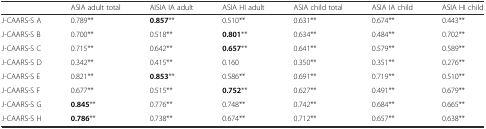
<table><thead><tr><td></td><td><b>ASIA adult total</b></td><td><b>AISIA IA adult</b></td><td><b>ASIA HI adult</b></td><td><b>ASIA child total</b></td><td><b>ASIA IA child</b></td><td><b>ASIA HI child</b></td></tr></thead><tbody><tr><td>J-CAARS-S A</td><td>0.789**</td><td><b>0.857</b>**</td><td>0.510**</td><td>0.631**</td><td>0.674**</td><td>0.443**</td></tr><tr><td>J-CAARS-S B</td><td>0.700**</td><td>0.518**</td><td><b>0.801</b>**</td><td>0.634**</td><td>0.484**</td><td>0.702**</td></tr><tr><td>J-CAARS-S C</td><td>0.715**</td><td>0.642**</td><td><b>0.657</b>**</td><td>0.641**</td><td>0.579**</td><td>0.589**</td></tr><tr><td>J-CAARS-S D</td><td>0.342**</td><td>0.415**</td><td>0.160</td><td>0.350**</td><td>0.351**</td><td>0.276**</td></tr><tr><td>J-CAARS-S E</td><td>0.821**</td><td><b>0.853</b>**</td><td>0.586**</td><td>0.691**</td><td>0.719**</td><td>0.510**</td></tr><tr><td>J-CAARS-S F</td><td>0.677**</td><td>0.515**</td><td><b>0.752</b>**</td><td>0.627**</td><td>0.491**</td><td>0.679**</td></tr><tr><td>J-CAARS-S G</td><td><b>0.845</b>**</td><td>0.776**</td><td>0.748**</td><td>0.742**</td><td>0.684**</td><td>0.665**</td></tr><tr><td>J-CAARS-S H</td><td><b>0.786</b>**</td><td>0.738**</td><td>0.674**</td><td>0.712**</td><td>0.657**</td><td>0.638**</td></tr></tbody></table>